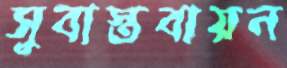
সুবাস্তবায়ন